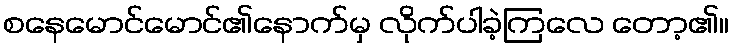
စနေမောင်မောင်၏နောက်မှ လိုက်ပါခဲ့ကြလေ တော့၏။